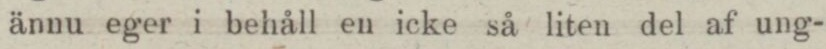
ännu eger i behåll en icke så liten del af ung-